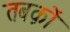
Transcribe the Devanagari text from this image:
तबक़ों